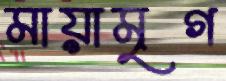
মায়ামৃগ